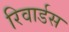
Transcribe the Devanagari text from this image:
रिवार्डस